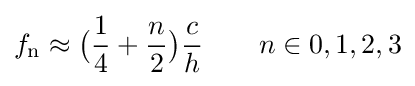
f_{\text{n}}\approx {\big (}{1 \over 4}+{n \over 2}{\big )}{c \over h}\qquad n\in 0,1,2,3